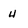
Character: H